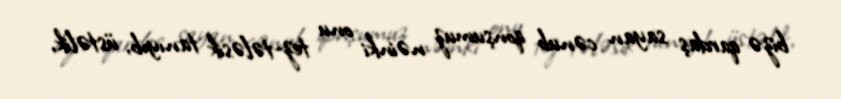
bizə qardaş sayan cənub qonşumuz nəinki onu tez-tələsik tanıyıb, üstəlik,